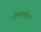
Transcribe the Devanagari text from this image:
एमिनोब्यूट्रिक